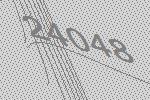
24048